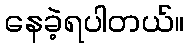
နေခဲ့ရပါတယ်။